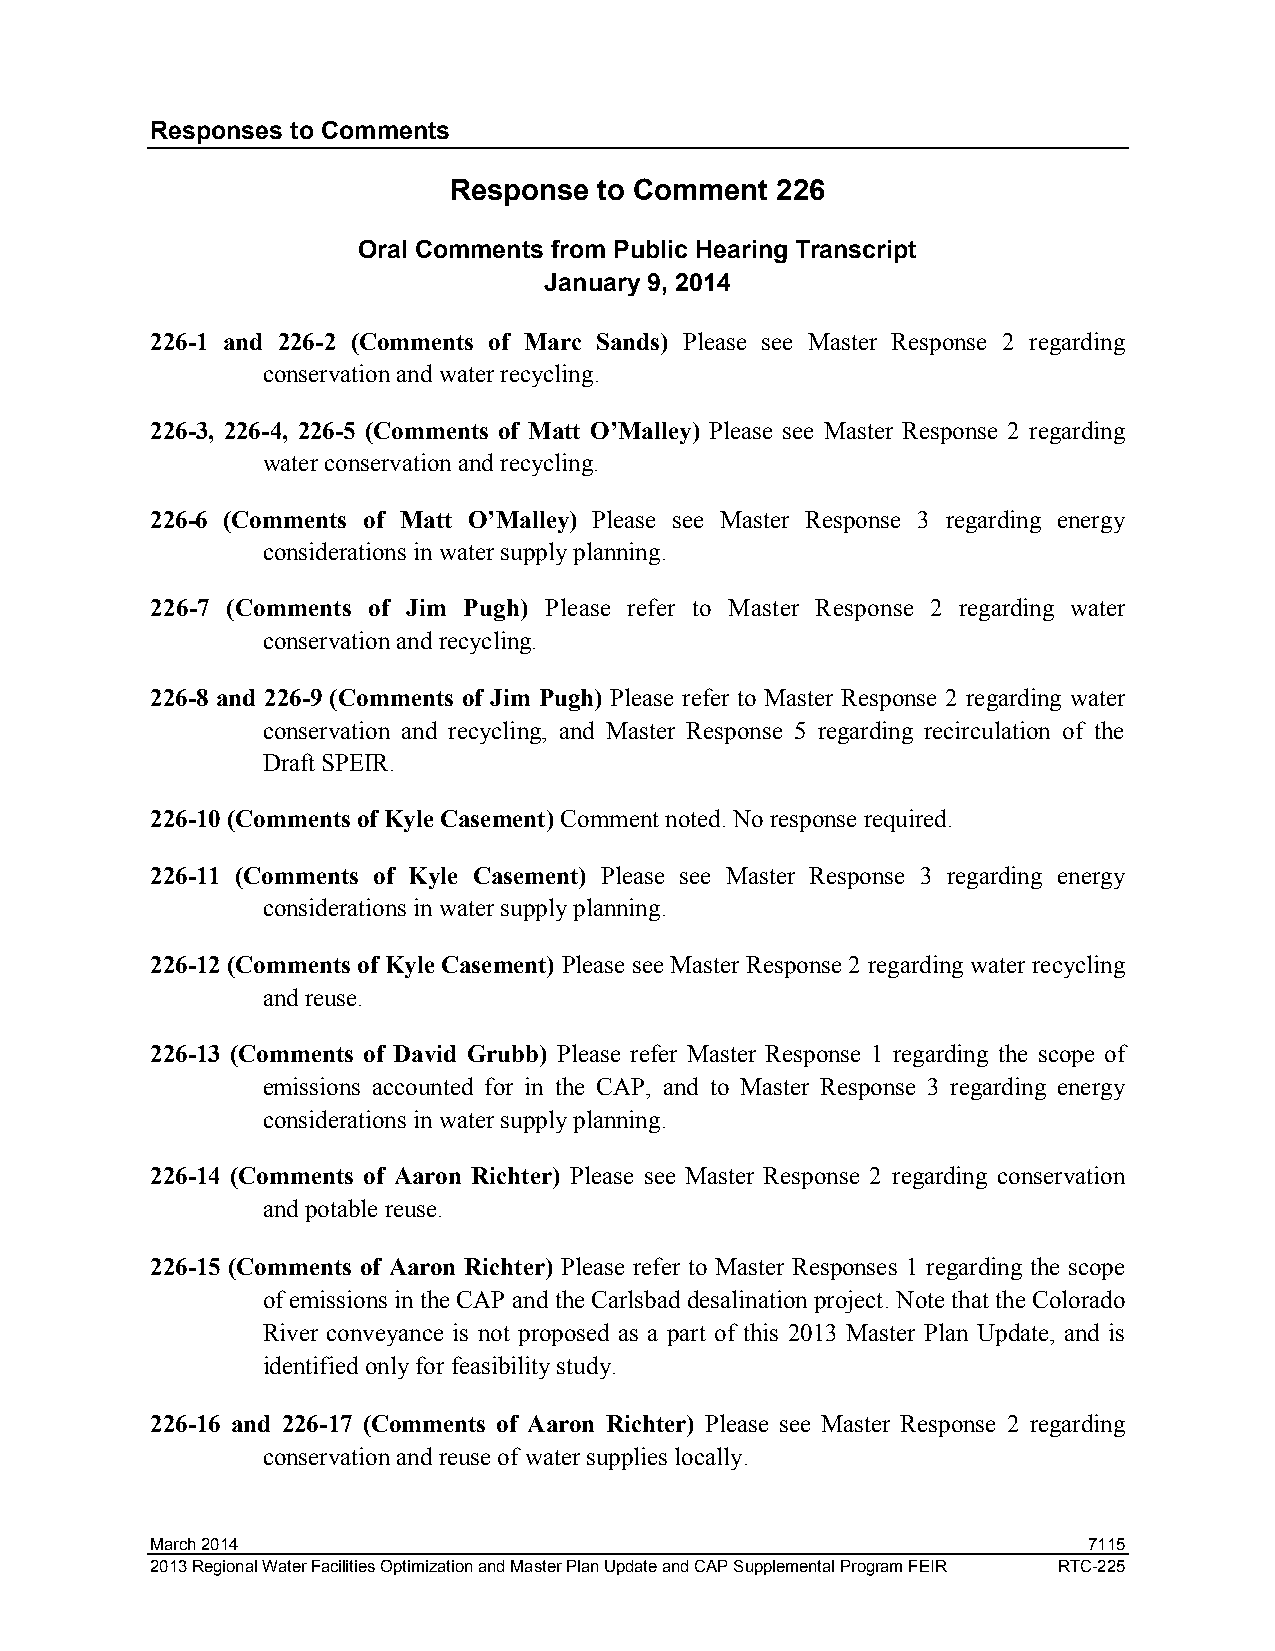
Responses to Comments
 Response  to Comment 226
 Oral Comments from Public Hearing Transcript
 January 9, 2014
 226-1 and 226-2 (Comments of Marc Sands) Please see Master Response 2 regarding
 conservation and water recycling.
 226-3, 226-4, 226-5 (Comments of Matt O’Malley) Please see Master Response 2 regarding
 water conservation and recycling.
 226-6 (Comments of Matt O’Malley) Please see Master Response 3 regarding energy
 considerations in water supply planning.
 226-7 (Comments of Jim Pugh) Please refer to Master Response 2 regarding water
 conservation and recycling.
 226-8 and 226-9 (Comments of Jim Pugh) Please refer to Master Response 2 regarding water
 conservation and recycling, and Master Response 5 regarding recirculation of the
 Draft SPEIR.
 226-10 (Comments of Kyle Casement) Comment noted. No response required.
 226-11 (Comments of Kyle Casement) Please see Master Response 3 regarding energy
 considerations in water supply planning.
 226-12 (Comments of Kyle Casement) Please see Master Response 2 regarding water recycling
 and reuse.
 226-13 (Comments of David Grubb) Please refer Master Response 1 regarding the scope of
 emissions accounted for in the CAP, and to Master Response 3 regarding energy
 considerations in water supply planning.
 226-14 (Comments of Aaron Richter) Please see Master Response 2 regarding conservation
 and potable reuse.
 226-15 (Comments of Aaron Richter) Please refer to Master Responses 1 regarding the scope
 of emissions in the CAP and the Carlsbad desalination project. Note that the Colorado
 River conveyance is not proposed as a part of this 2013 Master Plan Update, and is
 identified only for feasibility study.
 226-16 and 226-17 (Comments of Aaron Richter) Please see Master Response 2 regarding
 conservation and reuse of water supplies locally.
 March 2014                                                    7115
 2013 Regional Water Facilities Optimization and Master Plan Update and CAP Supplemental Program FEIR RTC-225